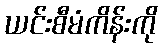
ယင်းစီမံကိန်းကို